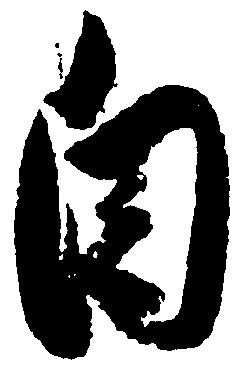
自